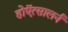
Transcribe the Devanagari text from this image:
होऍत्सालर्न